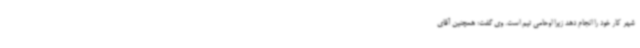
شهر کار خود را انجام دهد زیرا اوحامی تیم است. وی گفت: همچنین آقای